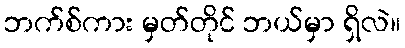
ဘက်စ်ကား မှတ်တိုင် ဘယ်မှာ ရှိလဲ။